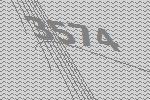
3574